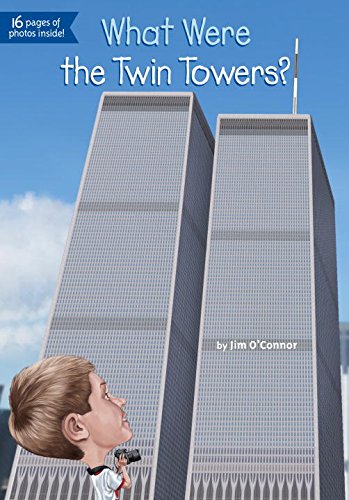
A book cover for What Were the Twin Towers? (What Was...?); Jim O'Connor; Children's Books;